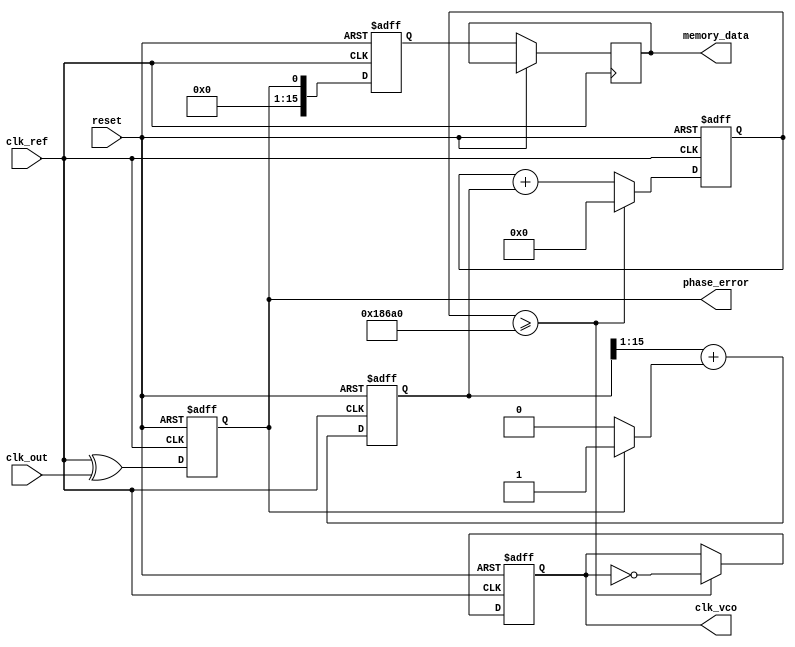
module PLL (
    input wire clk_ref,         // Reference clock input
    input wire clk_out,         // Output clock input (feedback)
    input wire reset,           // Reset signal
    output wire clk_vco,        // Voltage-Controlled Oscillator output clock
    output wire phase_error,     // Phase error signal
    output wire [15:0] memory_data // Memory block data output
);

    // Phase Detector (PD) - Simple XOR based phase error detection
    reg phase_error_reg;
    always @(posedge clk_ref or posedge reset) begin
        if (reset) begin
            phase_error_reg <= 0;
        end else begin
            phase_error_reg <= clk_ref ^ clk_out; // Phase detection logic
        end
    end
    assign phase_error = phase_error_reg;

    // Loop Filter (LF) - Simple RC filter emulation using a shift register
    reg [15:0] loop_filter_reg; // 16-bit register to simulate loop filter
    always @(posedge clk_ref or posedge reset) begin
        if (reset) begin
            loop_filter_reg <= 0;
        end else begin
            loop_filter_reg <= (loop_filter_reg >> 1) + (phase_error_reg ? 1 : 0); // Simple low-pass filtering
        end
    end

    // Voltage-Controlled Oscillator (VCO) - Simple frequency divider to simulate VCO behavior
    reg [31:0] vco_counter = 0;
    reg vco_state = 0;
    assign clk_vco = vco_state;

    always @(posedge clk_ref or posedge reset) begin
        if (reset) begin
            vco_counter <= 0;
            vco_state <= 0;
        end else begin
            vco_counter <= vco_counter + loop_filter_reg; // Control VCO frequency with loop filter output
            if (vco_counter >= 100000) begin // Adjust this threshold based on desired frequency
                vco_counter <= 0;
                vco_state <= ~vco_state; // Toggle VCO output clock
            end
        end
    end

    // Memory Block - Simple shift register to store phase information
    reg [15:0] memory_block [0:255]; // Simple memory block
    integer i;
    always @(posedge clk_ref or posedge reset) begin
        if (reset) begin
            for (i = 0; i < 256; i = i + 1) begin
                memory_block[i] <= 0; // Initialize memory block
            end
        end else begin
            memory_block[0] <= phase_error_reg; // Store phase error in memory
            memory_data <= memory_block[0]; // Output memory data
        end
    end

endmodule